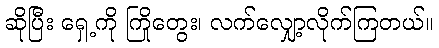
ဆိုပြီး ရှေ့ကို ကြိုတွေး၊ လက်လျှော့လိုက်ကြတယ်။